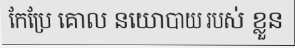
កែប្រែ គោល នយោបាយ របស់ ខ្លួន